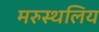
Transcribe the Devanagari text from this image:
मरुस्थलिय